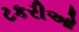
ટકરીઓ